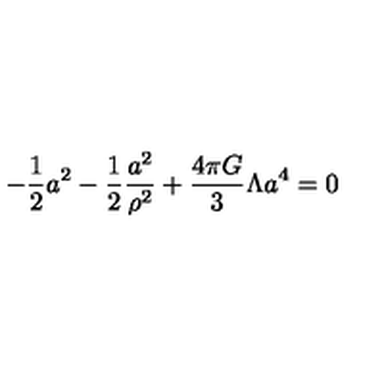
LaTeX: - { \frac { 1 } { 2 } } a ^ { 2 } - { \frac { 1 } { 2 } } { \frac { a ^ { 2 } } { \rho ^ { 2 } } } + { \frac { 4 \pi G } { 3 } } \Lambda a ^ { 4 } = 0